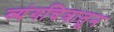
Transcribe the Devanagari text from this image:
व्यंगचित्रातून